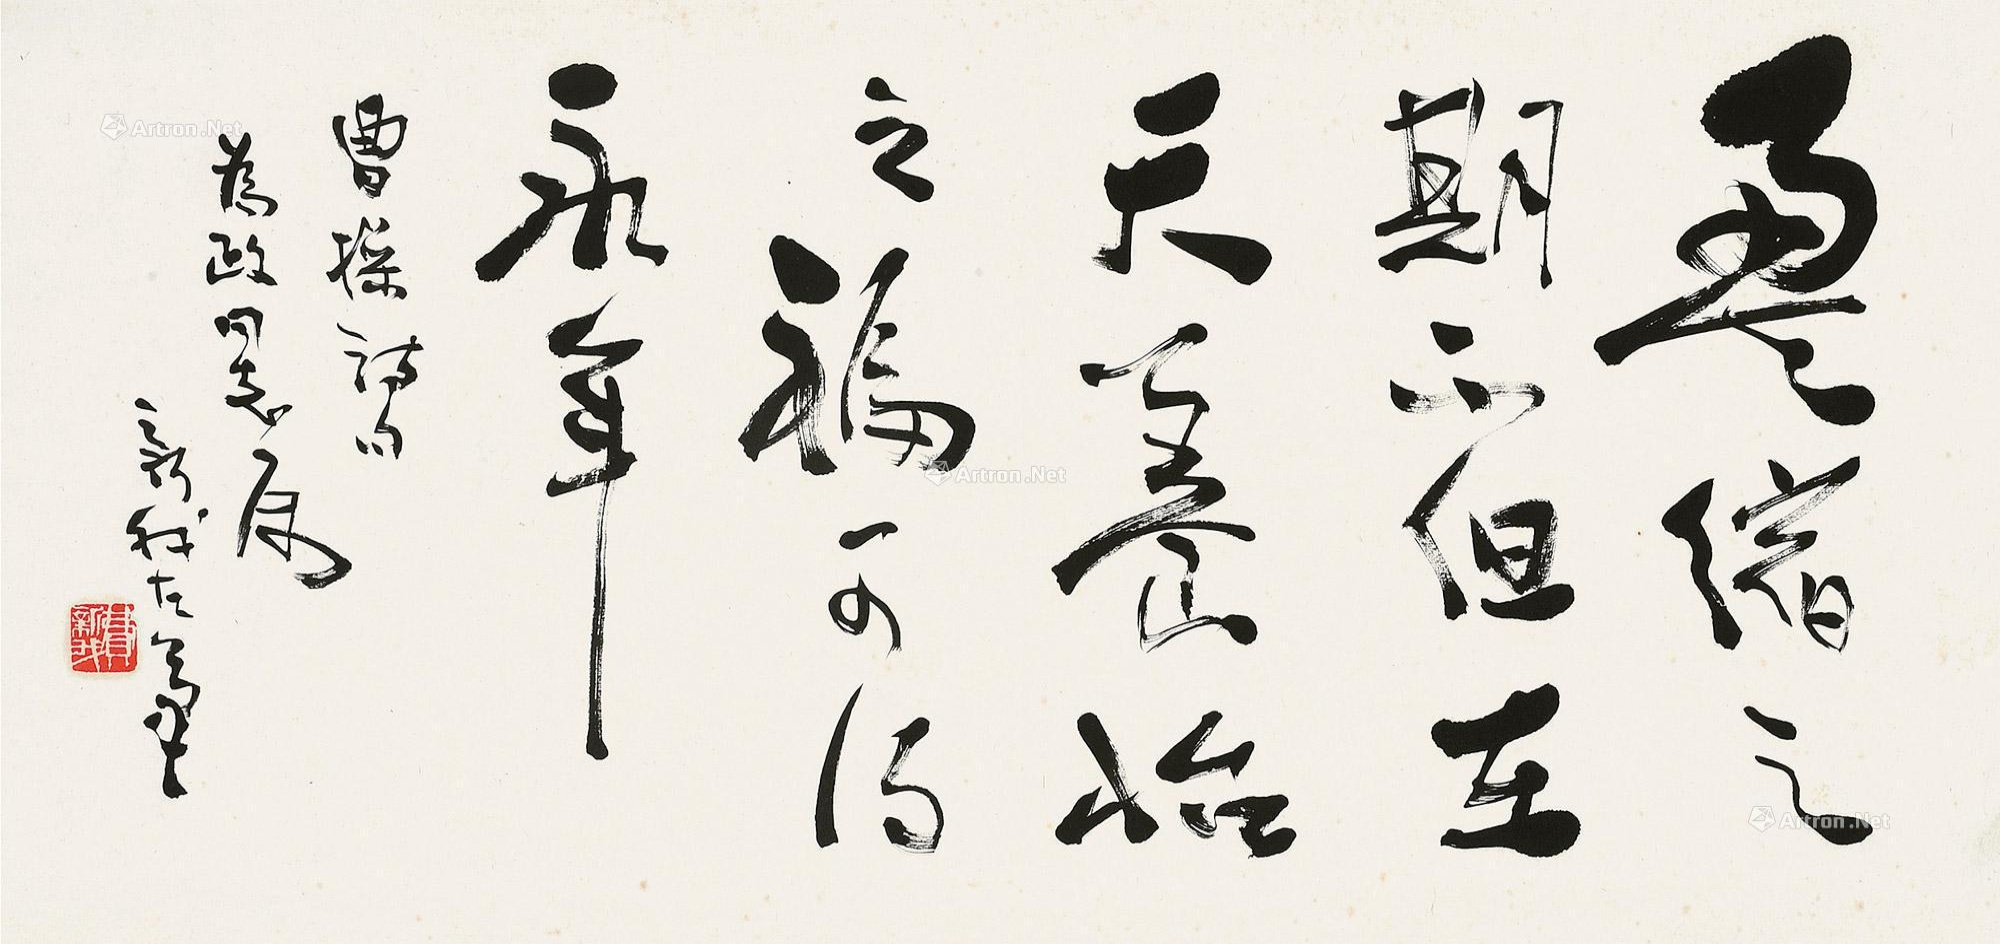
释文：盈缩之期，不但在天。养怡之福，可得永年。曹操诗句。为政同志属，新我左笔。